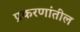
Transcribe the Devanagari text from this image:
प्रकरणांतील